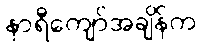
နာရီကျော်အချိန်က